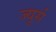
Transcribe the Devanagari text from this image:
ज्यूर्स